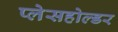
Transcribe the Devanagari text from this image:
प्लेसहोल्डर